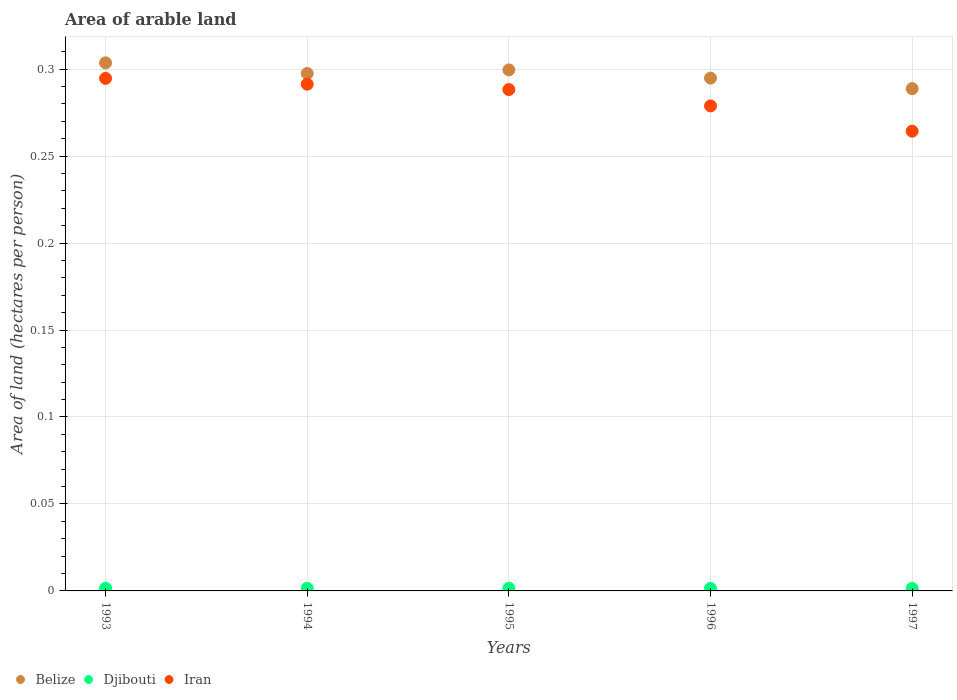
| Years | Belize | Djibouti | Iran |
 | --- | --- | --- | --- |
 | 1993 | 0.304 | 0.00156 | 0.295 |
 | 1994 | 0.298 | 0.00154 | 0.291 |
 | 1995 | 0.3 | 0.00151 | 0.288 |
 | 1996 | 0.295 | 0.00149 | 0.279 |
 | 1997 | 0.289 | 0.00146 | 0.264 |